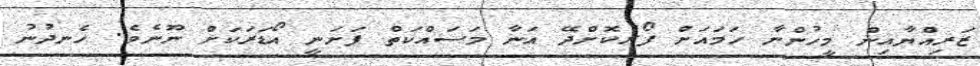
ޒަރިއްޔާއިން މީހުންނާ ހަމައަށް ފޯރުކޮށްދޭ އަނާ މަސައްކަތް ފަށަނީ އޯޑަރަކަށް ނޫނެވެ. ހެނދުނު